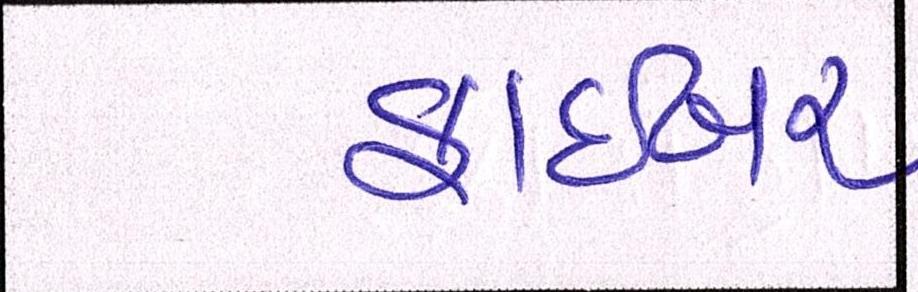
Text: ફાઇબર